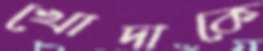
খোদাকে